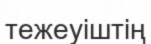
тежеуіштің